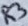
Text: R3